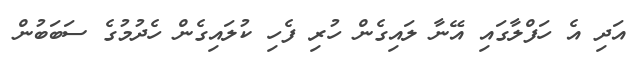
އަދި އެ ހަފްލާގައި އޭނާ ލައިގެން ހުރި ފެހި ކުލައިގެން ހެދުމުގެ ސަބަބުން